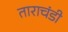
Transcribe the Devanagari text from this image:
ताराचंडी